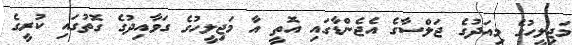
މަޖިލީހުގެ މިއަދުގެ ޖަލްސާގެ އެޖެންޑާގައި އޮތީ އާ މަޖިލީހުގެ ގަވާއިދުގެ ގޮތުގައި ކުރީގެ